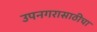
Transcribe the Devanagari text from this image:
उपनगरासाठीचा